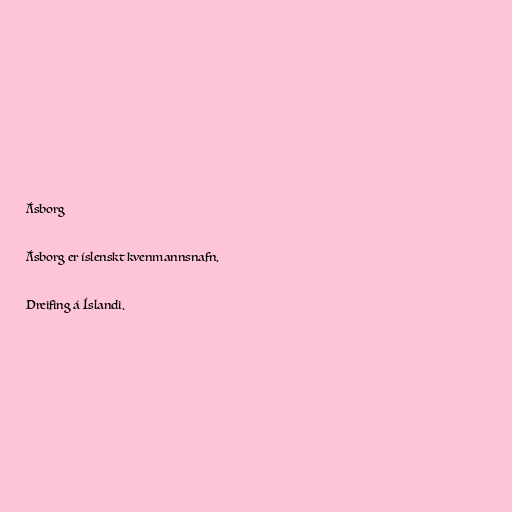
Ásborg

Ásborg er íslenskt kvenmannsnafn.

Dreifing á Íslandi.